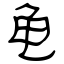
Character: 龟